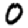
Digit: 0